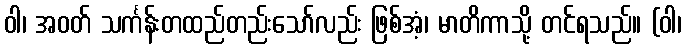
ဝါ၊ အဝတ် သင်္ကန်းတထည်တည်းသော်လည်း ဖြစ်အံ့၊ မာတိကာသို့ တင်ရသည်။ (ဝါ၊